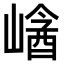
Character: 𡻡